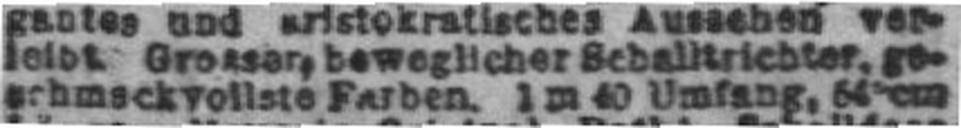
schmackvollste Farben. 1 m 40 Umfang, 64 cm